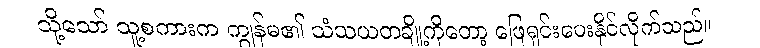
သို့သော် သူ့စကားက ကျွန်မ၏ သံသယတချို့ကိုတော့ ဖြေရှင်းပေးနိုင်လိုက်သည်။